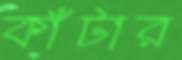
কাঁটার